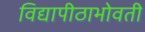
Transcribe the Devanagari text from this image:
विद्यापीठाभोवती